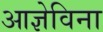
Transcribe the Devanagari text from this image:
आज्ञेविना